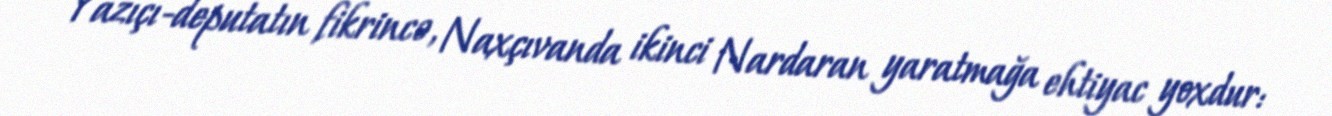
Yazıçı-deputatın fikrincə, Naxçıvanda ikinci Nardaran yaratmağa ehtiyac yoxdur: